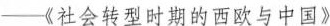
-《社会转型时期的西欧与中国》